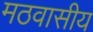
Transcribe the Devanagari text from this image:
मठवासीय